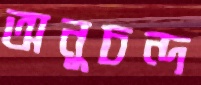
অনুচন্দ